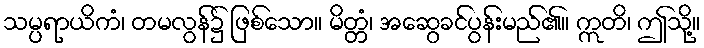
သမ္ပရာယိကံ၊ တမလွန်၌ ဖြစ်သော။ မိတ္တံ၊ အဆွေခင်ပွန်းမည်၏။ ဣတိ၊ ဤသို့။